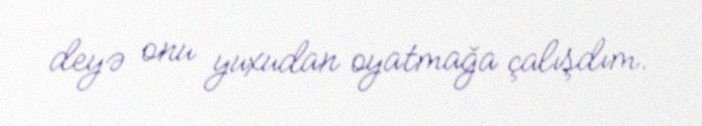
deyə onu yuxudan oyatmağa çalışdım.